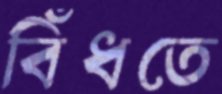
বিঁধতে